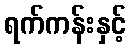
ရက်ကန်းနှင့်